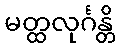
မတ္ထလုင်္ဂန္တိ